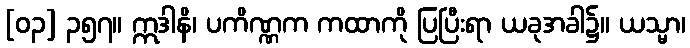
[၀၃] ၃၅၇။ ဣဒါနိ၊ ပကိဏ္ဏက ကထာကို ပြပြီးရာ ယခုအခါ၌။ ယသ္မာ၊